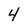
Character: 4